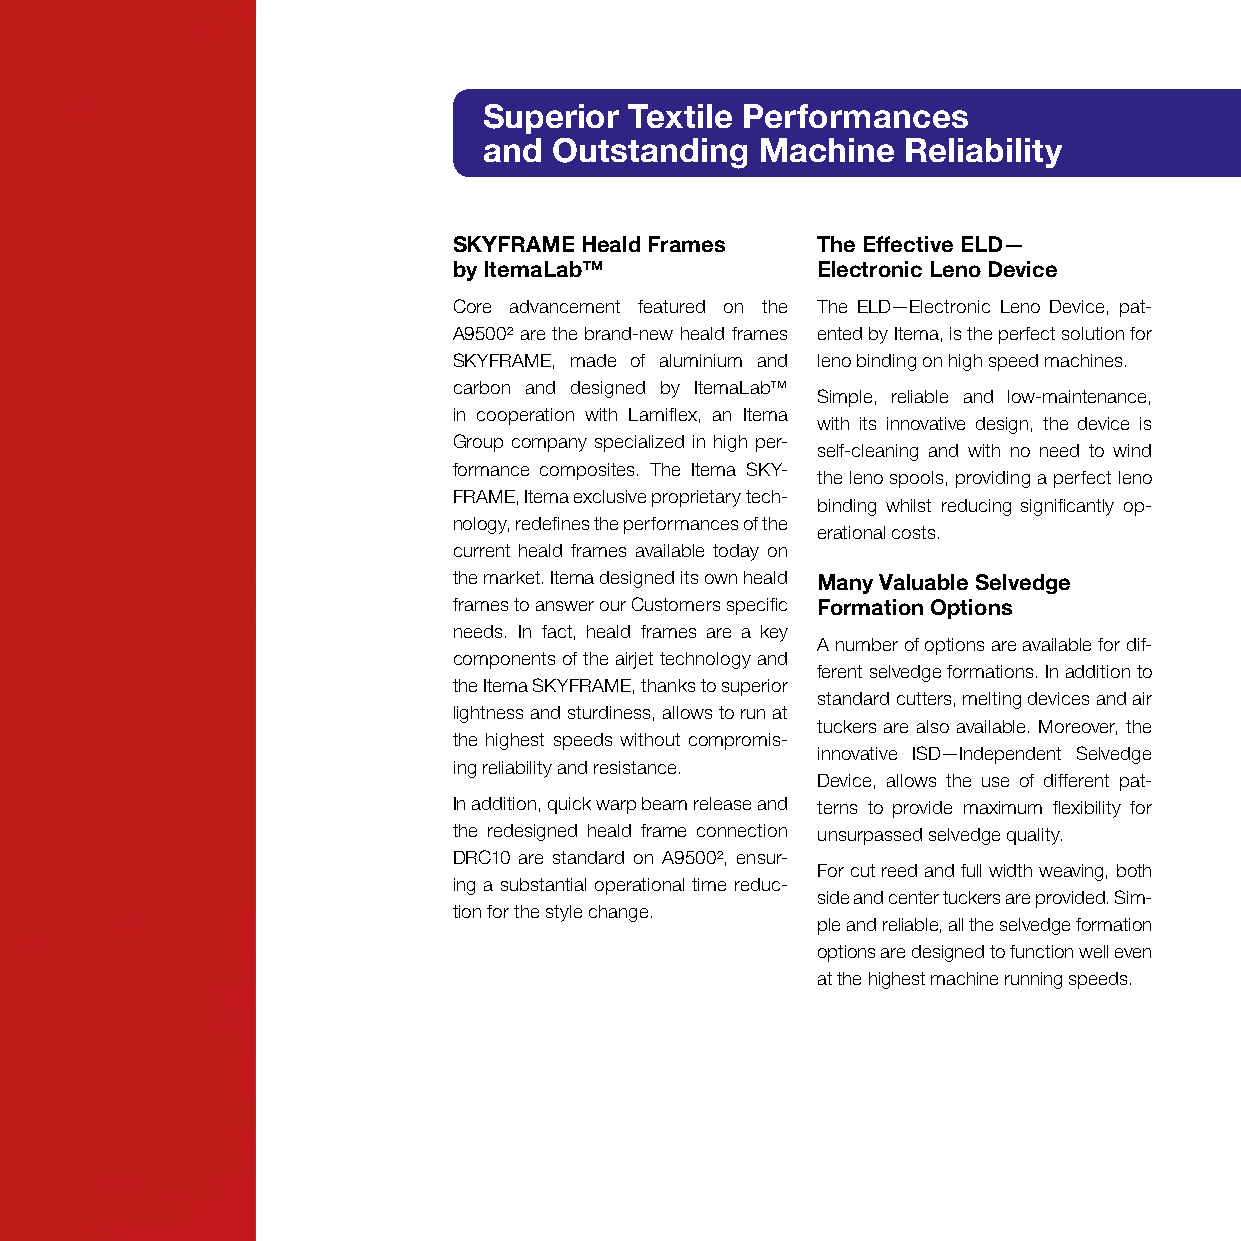
Superior  Textile Performances
 and  Outstanding  Machine   Reliability
 SKYFRAME Heald Frames   The Effective ELD—
 by ItemaLab™            Electronic Leno Device
 Core advancement featured on the The ELD—Electronic Leno Device, pat-
 A9500² are the brand-new heald frames ented by Itema, is the perfect solution for
 SKYFRAME, made of aluminium and leno binding on high speed machines.
 carbon and designed by ItemaLab™
 Simple, reliable and low-maintenance,
 in cooperation with Lamiflex, an Itema
 with its innovative design, the device is
 Group company specialized in high per-
 self-cleaning and with no need to wind
 formance composites. The Itema SKY-
 the leno spools, providing a perfect leno
 FRAME, Itema exclusive proprietary tech-
 binding whilst reducing significantly op-
 nology, redefines the performances of the
 erational costs.
 current heald frames available today on
 the market. Itema designed its own heald Many Valuable Selvedge
 frames to answer our Customers specific Formation Options
 needs. In fact, heald frames are a key
 A number of options are available for dif-
 components of the airjet technology and
 ferent selvedge formations. In addition to
 the Itema SKYFRAME, thanks to superior
 standard cutters, melting devices and air
 lightness and sturdiness, allows to run at
 tuckers are also available. Moreover, the
 the highest speeds without compromis-
 innovative ISD—Independent Selvedge
 ing reliability and resistance.
 Device, allows the use of different pat-
 In addition, quick warp beam release and terns to provide maximum flexibility for
 the redesigned heald frame connection unsurpassed selvedge quality.
 DRC10 are standard on A9500², ensur-
 For cut reed and full width weaving, both
 ing a substantial operational time reduc-
 side and center tuckers are provided. Sim-
 tion for the style change.
 ple and reliable, all the selvedge formation
 options are designed to function well even
 at the highest machine running speeds.